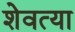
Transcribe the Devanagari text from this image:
शेवत्या